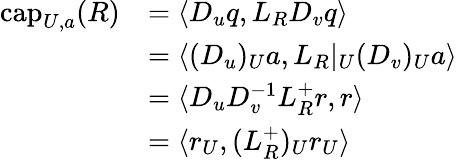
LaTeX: \begin{array}{rl}{\mathrm{cap}_{U,a}(R)}&{=\langle D_{u}q,L_{R}D_{v}q\rangle}\\ &{=\langle(D_{u})_{U}a,L_{R}|_{U}(D_{v})_{U}a\rangle}\\ &{=\langle D_{u}D_{v}^{-1}L_{R}^{+}r,r\rangle}\\ &{=\langle r_{U},(L_{R}^{+})_{U}r_{U}\rangle}\end{array}